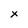
Character: x